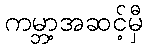
ကမ္ဘာ့အဆင့်မှီ